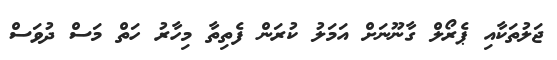
ޖަލުތަކާއި ޕެރޯލް ގާނޫނަށް އަމަލު ކުރަން ފެތިތާ މިހާރު ހަތް މަސް ދުވަސް